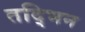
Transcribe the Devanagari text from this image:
तद्भिन